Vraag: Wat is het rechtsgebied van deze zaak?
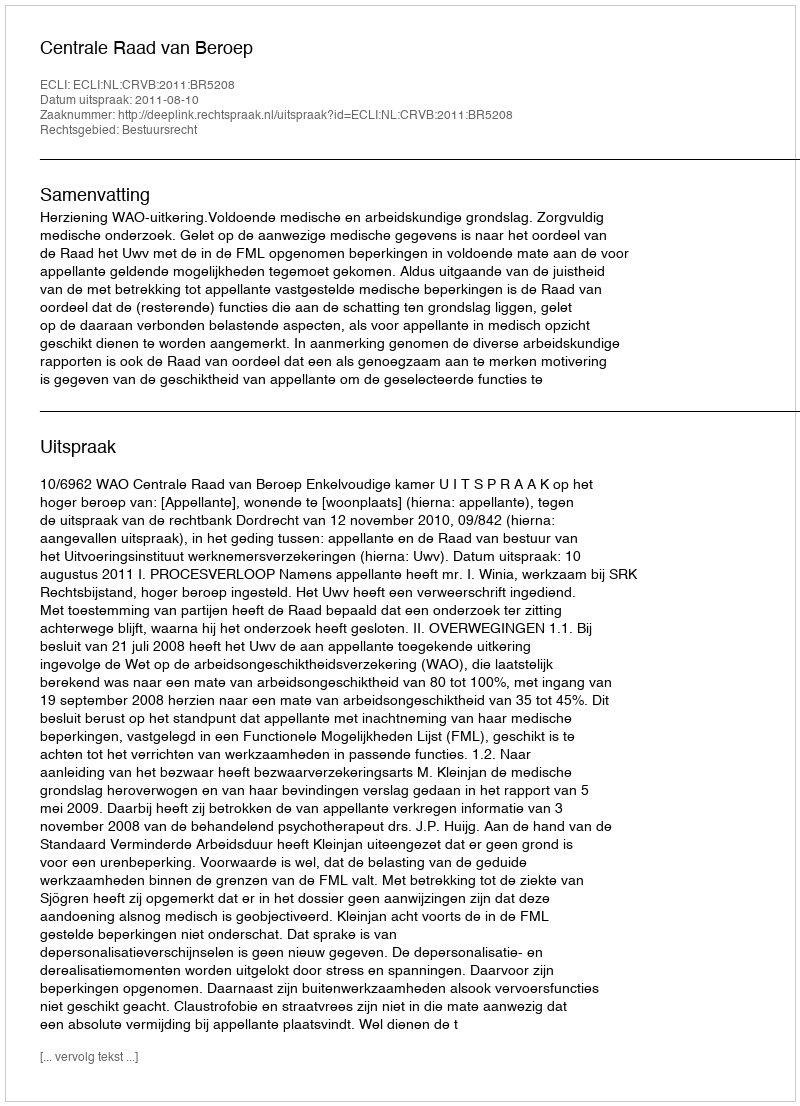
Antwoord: Bestuursrecht